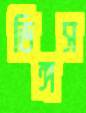
ডিঙ্গস